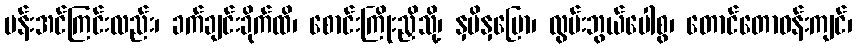
ပန်းအင်ကြင်းလည်း၊ ခက်ချင်းခိုက်ထိ၊ စောင်းကြိုးညှိသို့၊ နှမိနှမြော၊ လွမ်းဘွယ်ပေါစွ၊ တောင်တောဝန်းကျင်၊